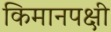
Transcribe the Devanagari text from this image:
किमानपक्षी